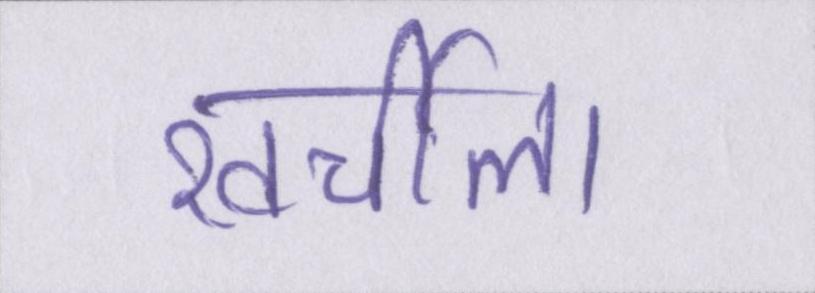
खर्चीला